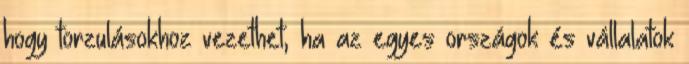
hogy torzulásokhoz vezethet, ha az egyes országok és vállalatok